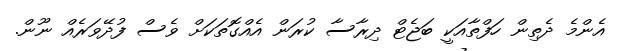
އެންމެ ދެތިން ހަފްތާއަކީ ބަޖެޓް ދިރާސާ ކުރަން އެއްގޮތަކަށް ވެސް ފުދޭވަރެއް ނޫން.